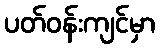
ပတ်ဝန်းကျင်မှာ